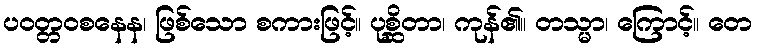
ပဝတ္တဝစနေန၊ ဖြစ်သော စကားဖြင့်။ ပုစ္ဆိတာ၊ ကုန်၏။ တသ္မာ၊ ကြောင့်။ တေ